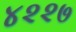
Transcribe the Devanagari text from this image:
४२२७